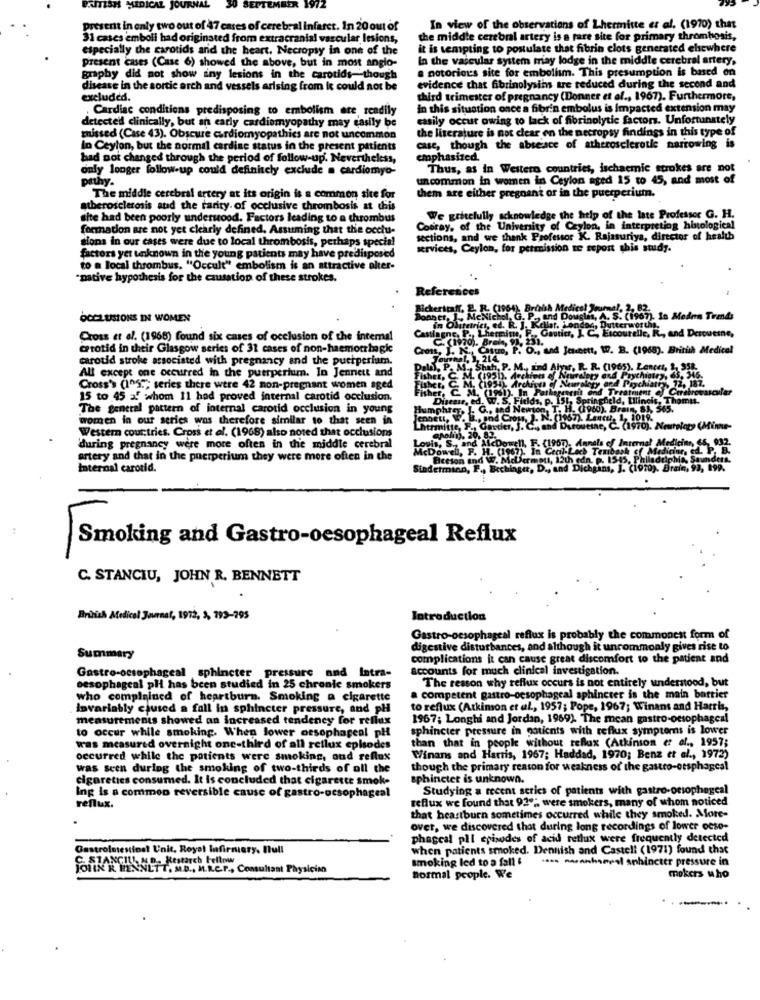
PRMISH MEDIC
JOURNAL
1972
Present in only two out of 47 cases of cerebral infarct. In 20 out of
In view of the observations of Lhermitte er al. (1970) that
31 cases emboli had originated from extracranial vascular lesions,
the middle cerebral artery is a fare site for primary thrombosis,
especially the carotids and the heart. Necropsy in one of the
it is tempting to postulate that fibrin clots generated elsewhere
present cases (Case 6) showed the above, but in most anglo-
In the vascular system may lodge in the middle cerebral artery,
a notorious site for embolism. This presumption is based on
graphy did not show iny lesions in the carotids-though
disease in the sortie arch and vessels arising from it could not be
evidence that fibrinolysins tre reduced during the second and
excluded.
third trimester of pregnancy (Donner et al ., 1967). Furthermore,
Cardiac conditions predisposing to embolism are readily
In this situation once a fibrin embolus is Impacted extension may
easily occur owing to lack of fibrinolytic factors. Unfortunately
detected clinically, but an early cardiomyopathy may easily be
the literature is not clear on the necropsy findings in this type of
missed (Case 43). Obscure cardiomyopathies are not uncommon
In Ceylon, but the normal cardine status in the present patients
case, though the absence of atherosclerotic narrowing is
bad not changed through the period of follow-up. Nevertheless,
emphasized.
only longer follow-up could definitely exclude a cardiomyo-
Thus, as in Western countries, ischaemic strokes are not
uncommon in women in Ceylon aged 15 to 45, and most of
pithy.
The middle cerebral artery at its origin is a common site for
them are either pregnant or in the puerperium.
atherosclerosis and the rarity of occlusive thrombosis at chais
site had been poorly understood. Factors leading to a thrombus
We gritelully acknowledge the help of the late Professor G. H.
formation are not yet clearly defined. Assuming that the occlu-
Cobray, of the University of Ceylon, in interpreting histological
sions in our cases were due to local thrombosis, perhaps special
sections, and we thank Professor K. Rajasuriya, director of health
services, Ceylon, for permission te sepost this study.
factors yet unknown in the young patients may have predisposed
to a local thrombus. "Occult" embolism is an attractive alter-
"pative hypothesis for the causation of these strokes.
References
ichericaff.
OCCLUSIONS IN WOMEN
tine,
Cross et al. (1968) found six cases of occlusion of the internal
crotid in their Glasgow series of 31 cases of non-haemorrhagke
(1968).
edical
carotid stroke associated with pregnancy and the puchperium.
All except one occurred in the puerperium. In Jennett and
Cross's (1957; series there were 42 non-pregnant women aged
15 to 45 af whom 11 had proved internal carotid occlusion.
The general pattern of internal carotid occlusion in young
women in our series was therefore similar to that seen in
Western countries. Cross et al. (1968) also noted that occlusions
during pregnancy were more often in the middle cerebral
, S ., and
Oweh, F.
artery and that in the pnerperium they were more often in the
tion and
Internal carotid.
Smoking and Gastro-oesophageal Reflux
C. STANCIU, JOHN R. BENNETT
British Medical Journal, 1972, 3, 793-795
Introduction
Gastro-oesophageal reflux is probably the commonest form of
digestive disturbances, and although it uncommonly gives rise to
Summary
complications it can cause great discomfort to the patient and
accounts for much clinical investigation.
Gastro-oesophageal sphincter pressure and Intra-
The reason why reflux occurs is not entirely understood, but
oesophageal pli has been studied in 25 chronie smokers
who complained of heartburn. Smoking a cigarette
a competent gastro-oesophageal sphincter is the main barrier
Invariably caused a fall in sphincter pressure, and pH
to reflux (Atkimon et al ., 1957; Pope, 1967; Winans and Harris,
measurements showed an increased tendency for reflux
1967; Longhi and Jordan, 1969). The mean gastro-oesophageal
to occur while smoking. When lower oesophageal pH
sphincter pressure in patients with reflux symptoms is lower
than that in people without reflux (Atkinson et al ., 1957;
was measured overnight one-third of all reflux episodes
occurred while the patients were smoking, and reflux
Winans and Harris, 1967; Haddad, 1970; Benz et al ., 1972)
was seen during the smoking of two-thirds of all the
though the primary reason for weakness of the gastro-cesphagesl
cigarettes consumed. It is concluded that cigarette smoke
sphincter is unknown.
Ing is a common reversible cause of gastro-oesophageal
Studying a recent series of patients with gastro-oesophageal
reflux we found that 92; were smokers, many of whom noticed
reflux.
that heartburn sometimes occurred while they smoked. More-
over, we discovered that during long recordings of lower ocse-
phagcal pll episodes of acid reflux were frequently detected
Gastrointestinst Unit, Royal Infirmary. Bull
when patients smoked. Dennish and Castell (1971) found that
D. Research Fellow
smoking led to a fall &
-- - hel sphincter pressure in
JOLINK WENNLTT, MD ., ML.REF ., Consultant Physician
normal people. We
mokers who